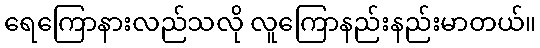
ရေကြောနားလည်သလို လူကြောနည်းနည်းမာတယ်။